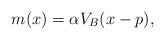
LaTeX: \begin{align*} m(x)=\alpha V_B(x-p) ,\end{align*}